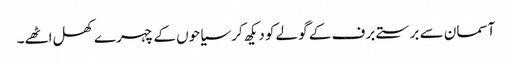
آسمان سے برستے برف کے گولے کو دیکھ کر سیاحوں کے چہرے کھل اٹھے۔